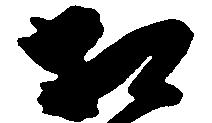
相